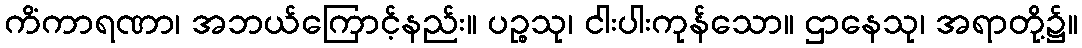
ကိံကာရဏာ၊ အဘယ်ကြောင့်နည်း။ ပဉ္စသု၊ ငါးပါးကုန်သော။ ဌာနေသု၊ အရာတို့၌။